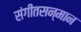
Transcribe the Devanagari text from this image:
संगीतसन्मान